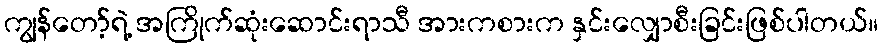
ကျွန်တော့်ရဲ့ အကြိုက်ဆုံးဆောင်းရာသီ အားကစားက နှင်းလျှောစီးခြင်းဖြစ်ပါတယ်။